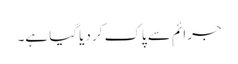
جرائم سے پاک کر دیا گیا ہے۔